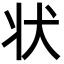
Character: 状